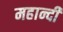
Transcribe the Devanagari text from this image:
महान्दी